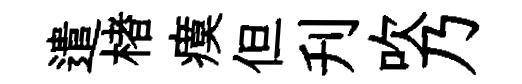
遣楮瘼但刋吹乃